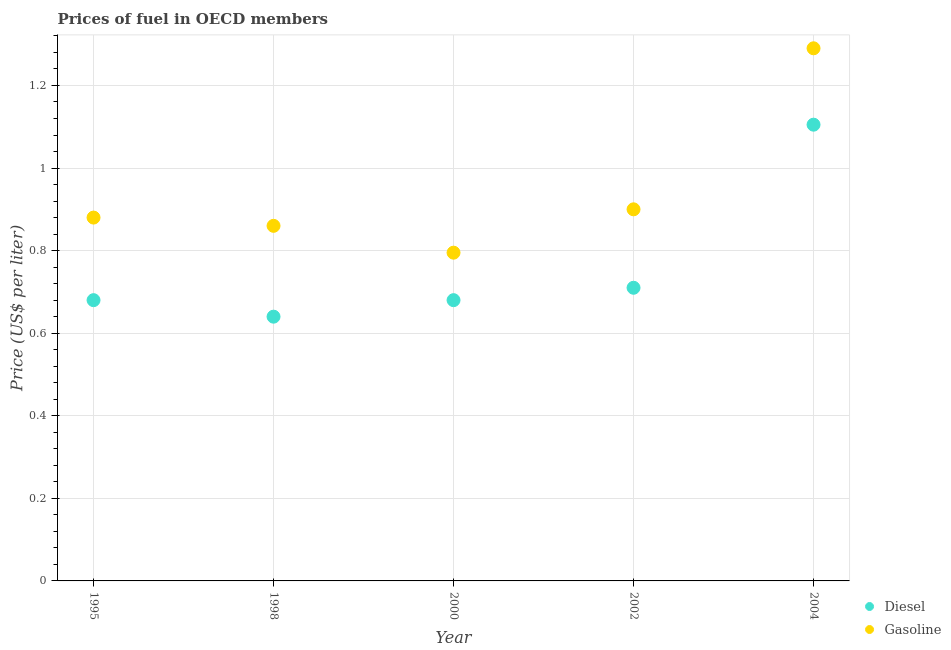
| Year | Diesel | Gasoline |
 | --- | --- | --- |
 | 1995 | 0.68 | 0.88 |
 | 1998 | 0.64 | 0.86 |
 | 2000 | 0.68 | 0.795 |
 | 2002 | 0.71 | 0.9 |
 | 2004 | 1.1 | 1.29 |